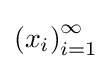
\left(x_{i}\right)_{i=1}^{\infty }